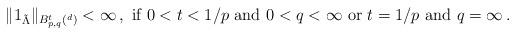
LaTeX: \begin{align*}\| 1_{\tilde \Lambda}\|_{B^t_{p, q}(\real^d)} < \infty \, ,\mbox{ if } 0<t<1/p \mbox{ and } 0<q< \infty \mbox{ or } t=1/p \mbox{ and } q=\infty\, .\end{align*}